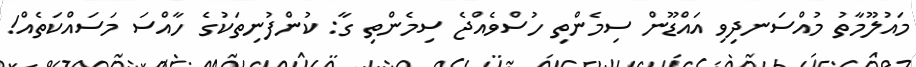
މައުލޫމާތު މުއްސަނދިވި އައްޑޫން ސިމެންތި ހުސްވެއްޖެ ސިމެންތި ގާ: ކުންފުނިތަކުގެ ހާއްސަ މަސައްކަތެއް!